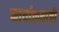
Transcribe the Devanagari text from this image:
कार्यालयांची